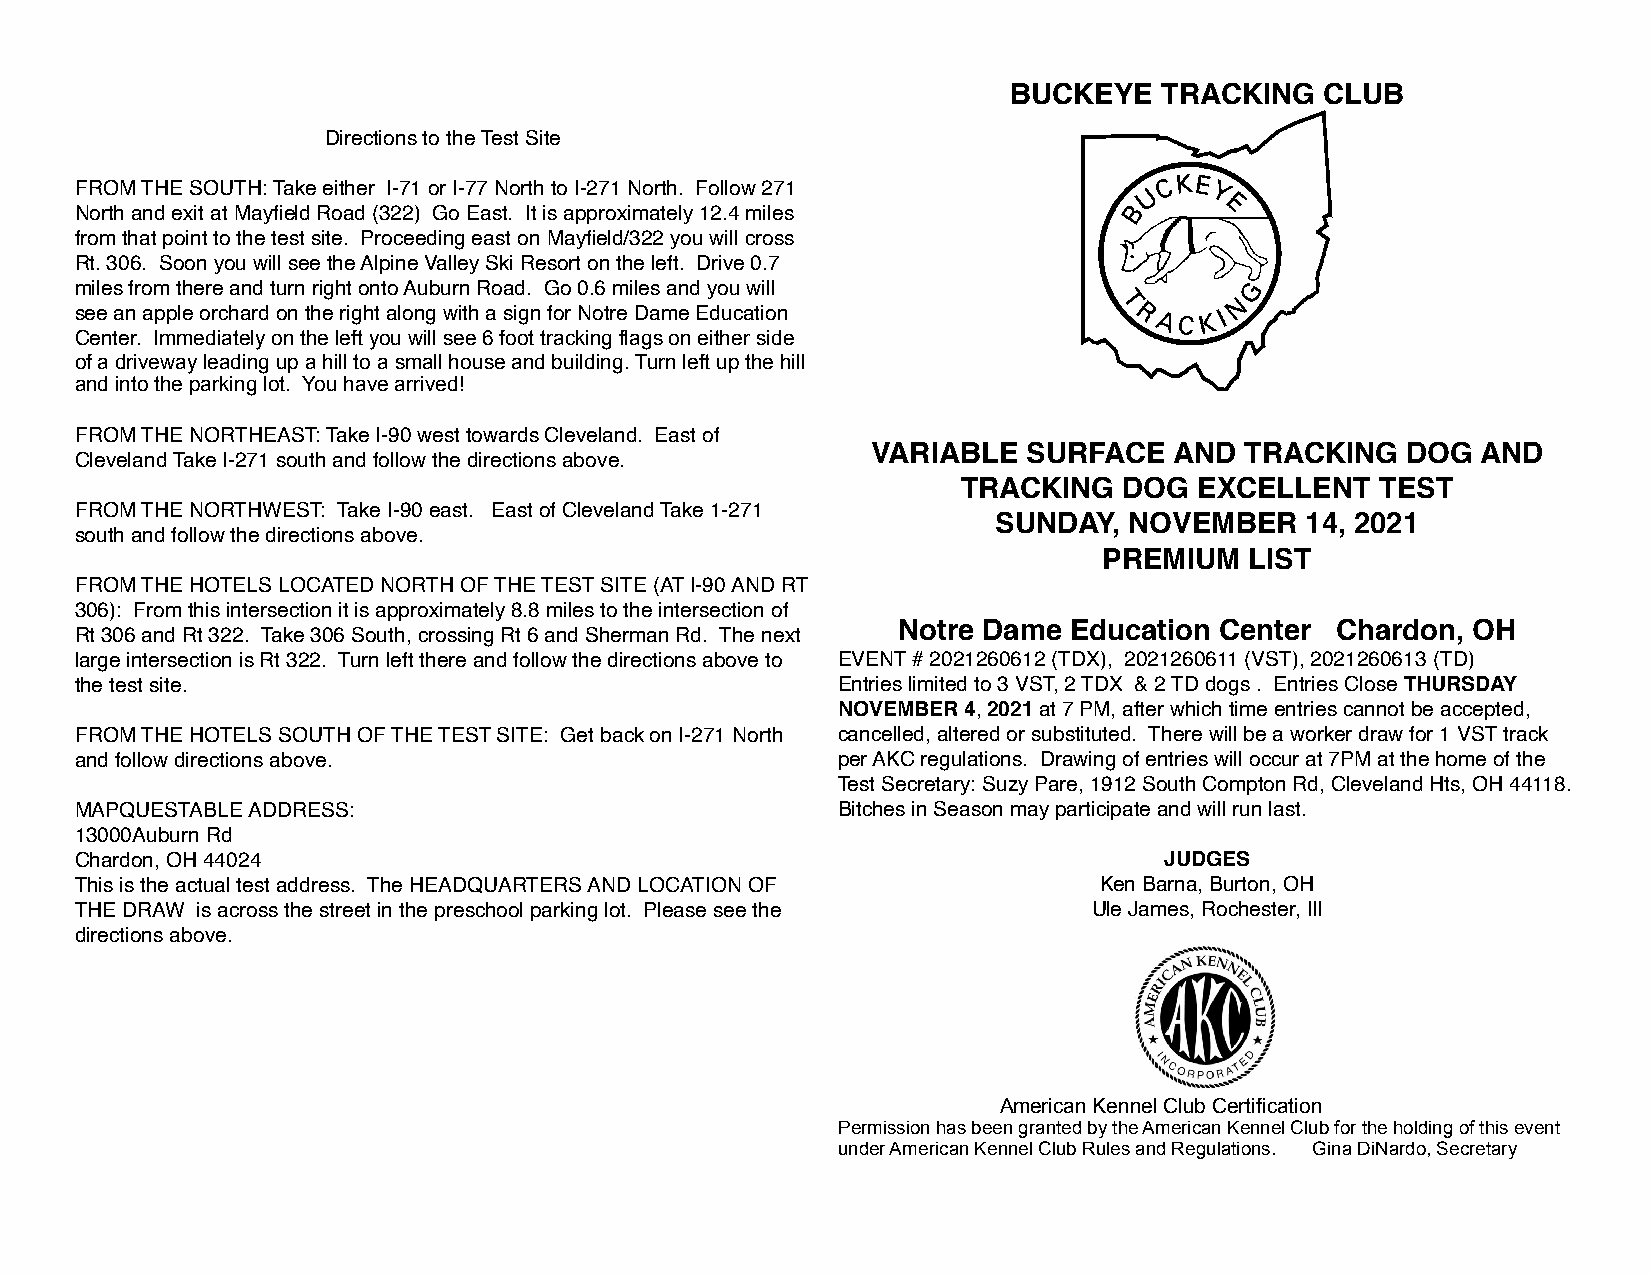
BUCKEYE   TRACKING   CLUB
 Directions to the Test Site
 FROM THE SOUTH: Take either I-71 or I-77 North to I-271 North. Follow 271
 North and exit at Mayfield Road (322) Go East. It is approximately 12.4 miles
 from that point to the test site. Proceeding east on Mayfield/322 you will cross
 Rt. 306. Soon you will see the Alpine Valley Ski Resort on the left. Drive 0.7
 miles from there and turn right onto Auburn Road. Go 0.6 miles and you will
 see an apple orchard on the right along with a sign for Notre Dame Education
 Center. Immediately on the left you will see 6 foot tracking flags on either side
 of a driveway leading up a hill to a small house and building. Turn left up the hill
 and into the parking lot. You have arrived!
 FROM THE NORTHEAST: Take I-90 west towards Cleveland. East of
 VARIABLE  SURFACE   AND TRACKING   DOG  AND
 Cleveland Take I-271 south and follow the directions above.
 TRACKING  DOG  EXCELLENT   TEST
 FROM THE NORTHWEST: Take I-90 east. East of Cleveland Take 1-271
 SUNDAY,  NOVEMBER   14, 2021
 south and follow the directions above.
 PREMIUM   LIST
 FROM THE HOTELS LOCATED NORTH OF THE TEST SITE (AT I-90 AND RT
 306): From this intersection it is approximately 8.8 miles to the intersection of
 Notre Dame  Education Center Chardon, OH
 Rt 306 and Rt 322. Take 306 South, crossing Rt 6 and Sherman Rd. The next
 large intersection is Rt 322. Turn left there and follow the directions above to EVENT # 2021260612 (TDX), 2021260611 (VST), 2021260613 (TD)
 the test site.                                    Entries limited to 3 VST, 2 TDX & 2 TD dogs . Entries Close THURSDAY
 NOVEMBER 4, 2021 at 7 PM, after which time entries cannot be accepted,
 FROM THE HOTELS SOUTH OF THE TEST SITE: Get back on I-271 North cancelled, altered or substituted. There will be a worker draw for 1 VST track
 and follow directions above.                      per AKC regulations. Drawing of entries will occur at 7PM at the home of the
 Test Secretary: Suzy Pare, 1912 South Compton Rd, Cleveland Hts, OH 44118.
 MAPQUESTABLE ADDRESS:                             Bitches in Season may participate and will run last.
 13000Auburn Rd
 Chardon, OH 44024                                                       JUDGES
 This is the actual test address. The HEADQUARTERS AND LOCATION OF   Ken Barna, Burton, OH
 THE DRAW is across the street in the preschool parking lot. Please see the Ule James, Rochester, Ill
 directions above.
 American Kennel Club Certification
 Permission has been granted by the American Kennel Club for the holding of this event
 under American Kennel Club Rules and Regulations. Gina DiNardo, Secretary